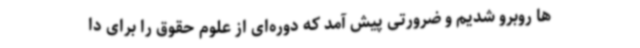
ها روبرو شدیم و ضرورتی پیش آمد که دوره‌ای از علوم حقوق را برای دا